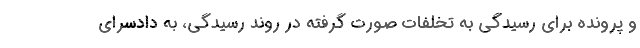
و پرونده برای رسیدگی به تخلفات صورت گرفته در روند رسیدگی، به دادسرای